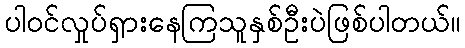
ပါဝင်လှုပ်ရှားနေကြသူနှစ်ဦးပဲဖြစ်ပါတယ်။